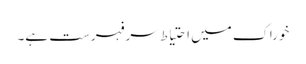
خوراک میں احتیاط سرفہرست ہے۔